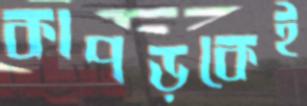
কাপড়কেই